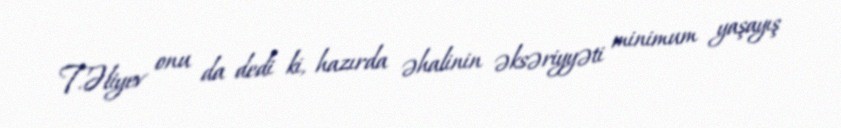
T.Əliyev onu da dedi ki, hazırda əhalinin əksəriyyəti minimum yaşayış